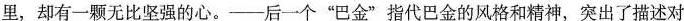
里，却有一颗无比坚强的心。——后一个”巴金”指代巴金的风格和精神，突出了描述对